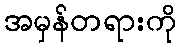
အမှန်တရားကို